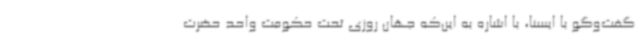
گفت‌وگو با ایسنا، با اشاره به این‌که جهان روزی تحت حکومت واحد حضرت